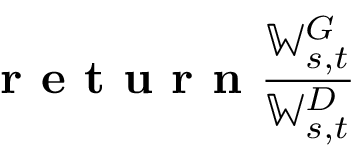
\textbf { r e t u r n } \frac { \mathbb { W } _ { s , t } ^ { G } } { \mathbb { W } _ { s , t } ^ { D } }